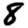
Digit: 8